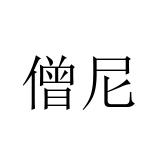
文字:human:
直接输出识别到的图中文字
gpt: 僧尼